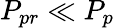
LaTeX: P_{pr}\ll P_{p}